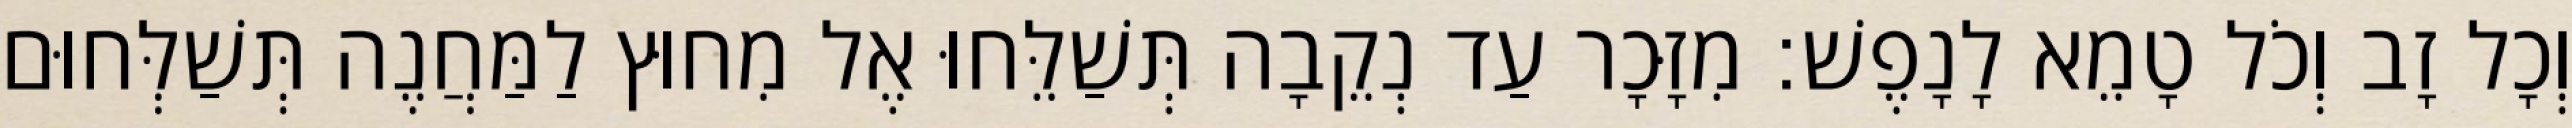
וְכָל זָב וְכֹל טָמֵא לָנָפֶשׁ׃ מִזָּכָר עַד נְקֵבָה תְּשַׁלֵּחוּ אֶל מִחוּץ לַמַּחֲנֶה תְּשַׁלְּחוּם